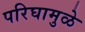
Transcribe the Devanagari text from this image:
परिघामुळे